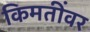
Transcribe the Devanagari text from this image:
किमतींवर